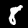
Label: 8